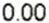
0.00